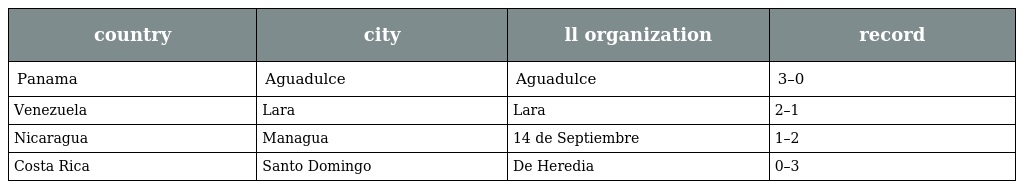
| country | city | ll organization | record |
 | --- | --- | --- | --- |
 | Panama | Aguadulce | Aguadulce | 3–0 |
 | Venezuela | Lara | Lara | 2–1 |
 | Nicaragua | Managua | 14 de Septiembre | 1–2 |
 | Costa Rica | Santo Domingo | De Heredia | 0–3 |